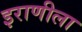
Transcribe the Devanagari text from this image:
इराणीला